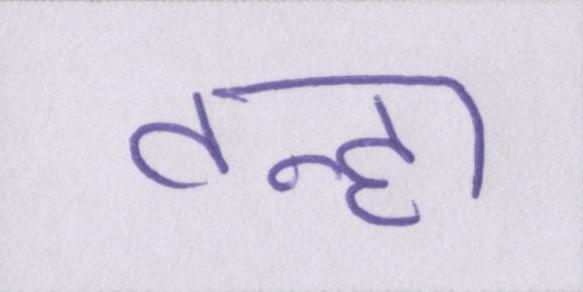
तन्हा